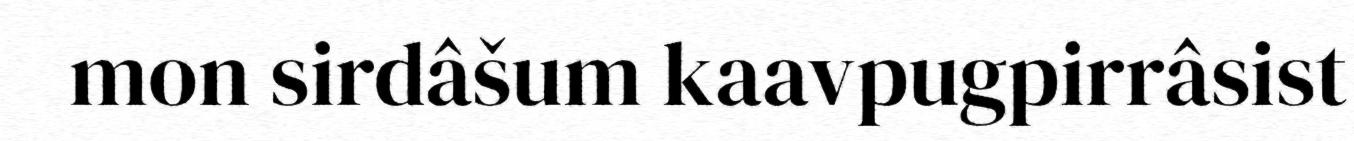
mon sirdâšum kaavpugpirrâsist